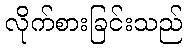
လိုက်စားခြင်းသည်